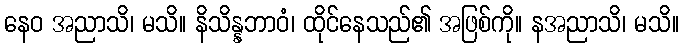
နေဝ အညာသိ၊ မသိ။ နိသိန္နဘာဝံ၊ ထိုင်နေသည်၏ အဖြစ်ကို။ နအညာသိ၊ မသိ။